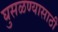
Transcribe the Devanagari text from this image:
घुसळण्यासाठी